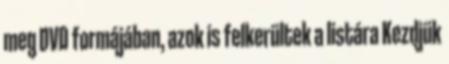
meg DVD formájában, azok is felkerültek a listára Kezdjük